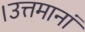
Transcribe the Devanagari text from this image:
।उत्तमानां